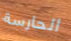
الحارسة